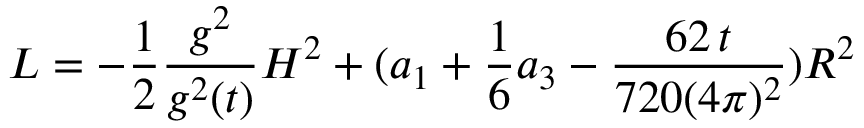
{ \cal L } = - \frac { 1 } { 2 } \frac { g ^ { 2 } } { g ^ { 2 } ( t ) } H ^ { 2 } + ( a _ { 1 } + \frac { 1 } { 6 } a _ { 3 } - \frac { 6 2 \, t } { 7 2 0 ( 4 \pi ) ^ { 2 } } ) R ^ { 2 }